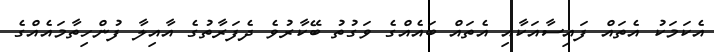
އެކަމަކު އެތައް ފައިސާއަކާއި އެތައް ބައެއްގެ ވަގުތު ބޭކާރުވެ ދެފަރާތުގެ އާއިލާ ފުންހިތާމައެއްގެ